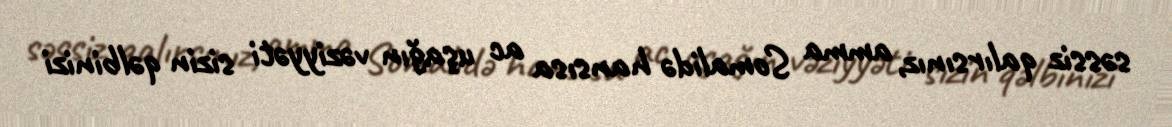
səssiz qalırsınız, amma Somalidə hansısa ac uşağın vəziyyəti sizin qəlbinizi